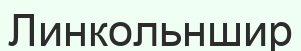
Линкольншир